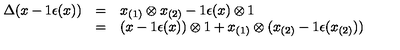
\begin{array} { r c l } { \Delta ( x - 1 \epsilon ( x ) ) } & { = } & { x _ { ( 1 ) } \otimes x _ { ( 2 ) } - 1 \epsilon ( x ) \otimes 1 } \\ { } & { = } & { ( x - 1 \epsilon ( x ) ) \otimes 1 + x _ { ( 1 ) } \otimes ( x _ { ( 2 ) } - 1 \epsilon ( x _ { ( 2 ) } ) ) } \\ \end{array}